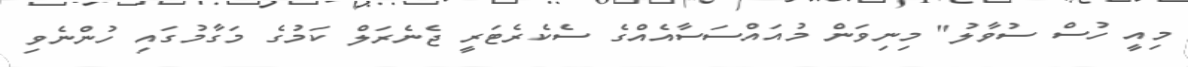
މިއީ ހުސް ސުވާލު" މިނިވަން މުއައްސަސާއެއްގެ ސެކެރެޓަރީ ޖެނެރަލް ކަމުގެ މަގާމުގައި ހުންނެވި